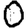
Digit: 0